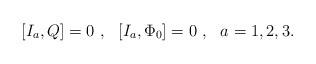
\begin{align*}[I_a , Q]=0 \ , \ \ [I_a , \Phi_0] =0 \ , \ \ a=1,2,3.\end{align*}